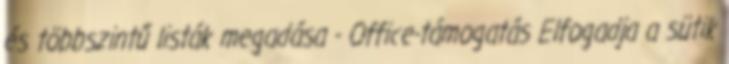
és többszintű listák megadása - Office-támogatás Elfogadja a sütik